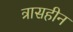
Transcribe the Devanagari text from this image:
त्रासहीन